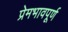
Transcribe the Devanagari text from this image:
प्रेमभावपूर्ण